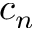
c _ { n }